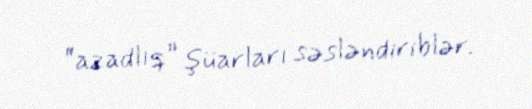
“azadlıq” şüarları səsləndiriblər.